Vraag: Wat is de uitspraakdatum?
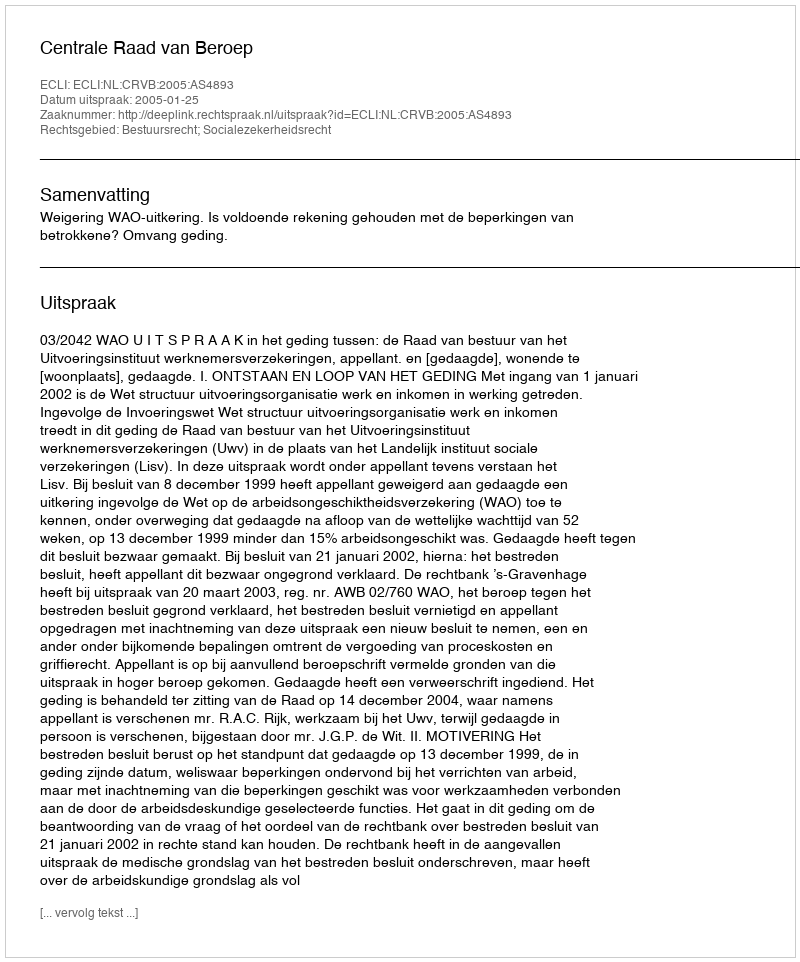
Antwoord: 2005-01-25